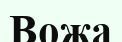
Вожа